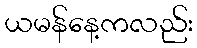
ယမန်နေ့ကလည်း